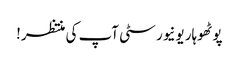
پوٹھوہار یونیورسٹی آپ کی منتظر!